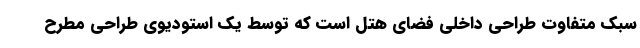
سبک متفاوت طراحی داخلی فضای هتل است که توسط یک استودیوی طراحی مطرح